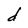
Character: d